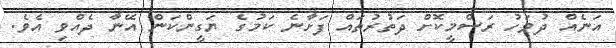
އަނެއް ދުވަހު ރަސްމީކޮށް ދަތުރުތައް ފަށާނެ ކަމުގެ ޔަގީންކަން އޭނާ ދެއްވި އެވެ.